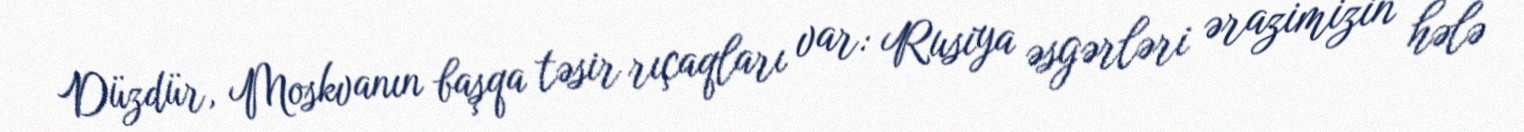
Düzdür, Moskvanın başqa təsir rıçaqları var: Rusiya əsgərləri ərazimizin hələ